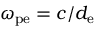
\omega _ { \mathrm { p e } } = c / d _ { \mathrm { e } }